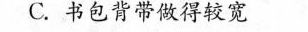
C.书包背带做得较宽